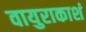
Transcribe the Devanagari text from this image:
वायुराकाशं